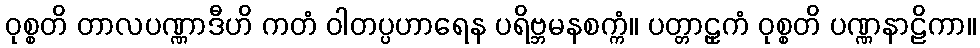
ဝုစ္စတိ တာလပဏ္ဏာဒီဟိ ကတံ ဝါတပ္ပဟာရေန ပရိဗ္ဘမနစက္ကံ။ ပတ္တာဠှကံ ဝုစ္စတိ ပဏ္ဏနာဠိကာ။